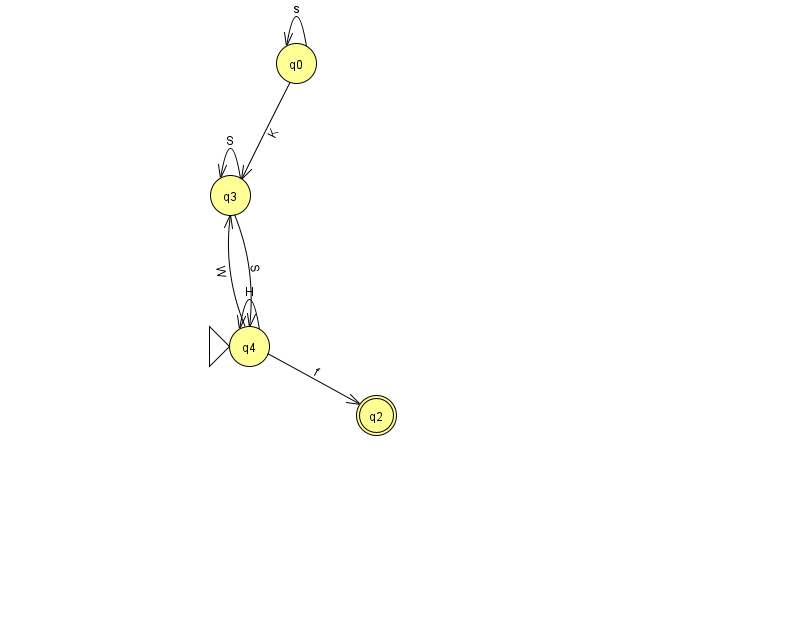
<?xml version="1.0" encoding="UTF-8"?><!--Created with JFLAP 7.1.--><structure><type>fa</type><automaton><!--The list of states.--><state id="0" name="q0"><x>296.0</x><y>50.0</y></state><state id="2" name="q2"><x>376.0</x><y>402.0</y><final/></state><state id="3" name="q3"><x>230.0</x><y>182.0</y></state><state id="4" name="q4"><x>249.0</x><y>333.0</y><initial/></state><!--The list of transitions.--><transition><from>0</from><to>0</to><read>s</read></transition><transition><from>3</from><to>3</to><read>S</read></transition><transition><from>3</from><to>4</to><read>S</read></transition><transition><from>4</from><to>3</to><read>W</read></transition><transition><from>4</from><to>4</to><read>H</read></transition><transition><from>0</from><to>3</to><read>K</read></transition><transition><from>4</from><to>2</to><read>f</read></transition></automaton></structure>